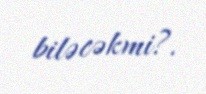
biləcəkmi?.